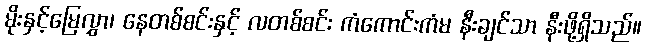
မိုးနှင့်မြေလွှာ၊ နေတစ်စင်းနှင့် လတစ်စင်း ကံကောင်းကံမ နီးချင်သာ နီးဖို့ရှိသည်။